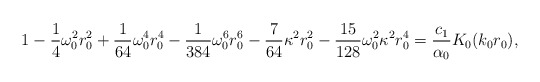
\begin{align*}1 - \frac14\omega_0^2r_0^2 + \frac{1}{64}\omega_0^4r_0^4 -\frac{1}{384}\omega_0^6r_0^6 - \frac{7}{64}\kappa^2r_0^2 -\frac{15}{128}\omega_0^2\kappa^2r_0^4 = \frac{c_1}{\alpha_0}K_0(k_0r_0),\end{align*}